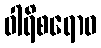
ဝါရိစရောဝ